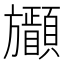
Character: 𣄩